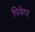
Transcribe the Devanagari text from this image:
पियेगा